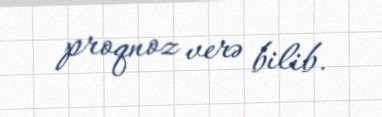
proqnoz verə bilib.